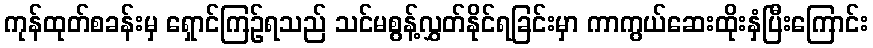
ကုန်ထုတ်စခန်းမှ ရှောင်ကြဉ်ရသည် သင်မစွန့်လွှတ်နိုင်ရခြင်းမှာ ကာကွယ်ဆေးထိုးနှံပြီးကြောင်း